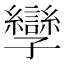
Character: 孿